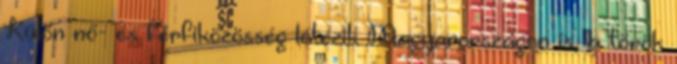
Külön nő- és férfiközösség létezik Magyarországon is, a török